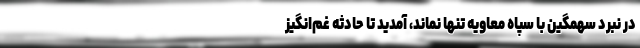
در نبرد سهمگین با سپاه معاویه تنها نماند، آمدید تا حادثه غم‌انگیز